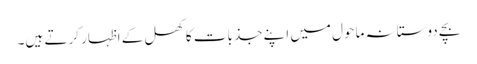
بچے دوستانہ ماحول میں اپنے جذبات کا کھل کے اظہار کرتے ہیں۔